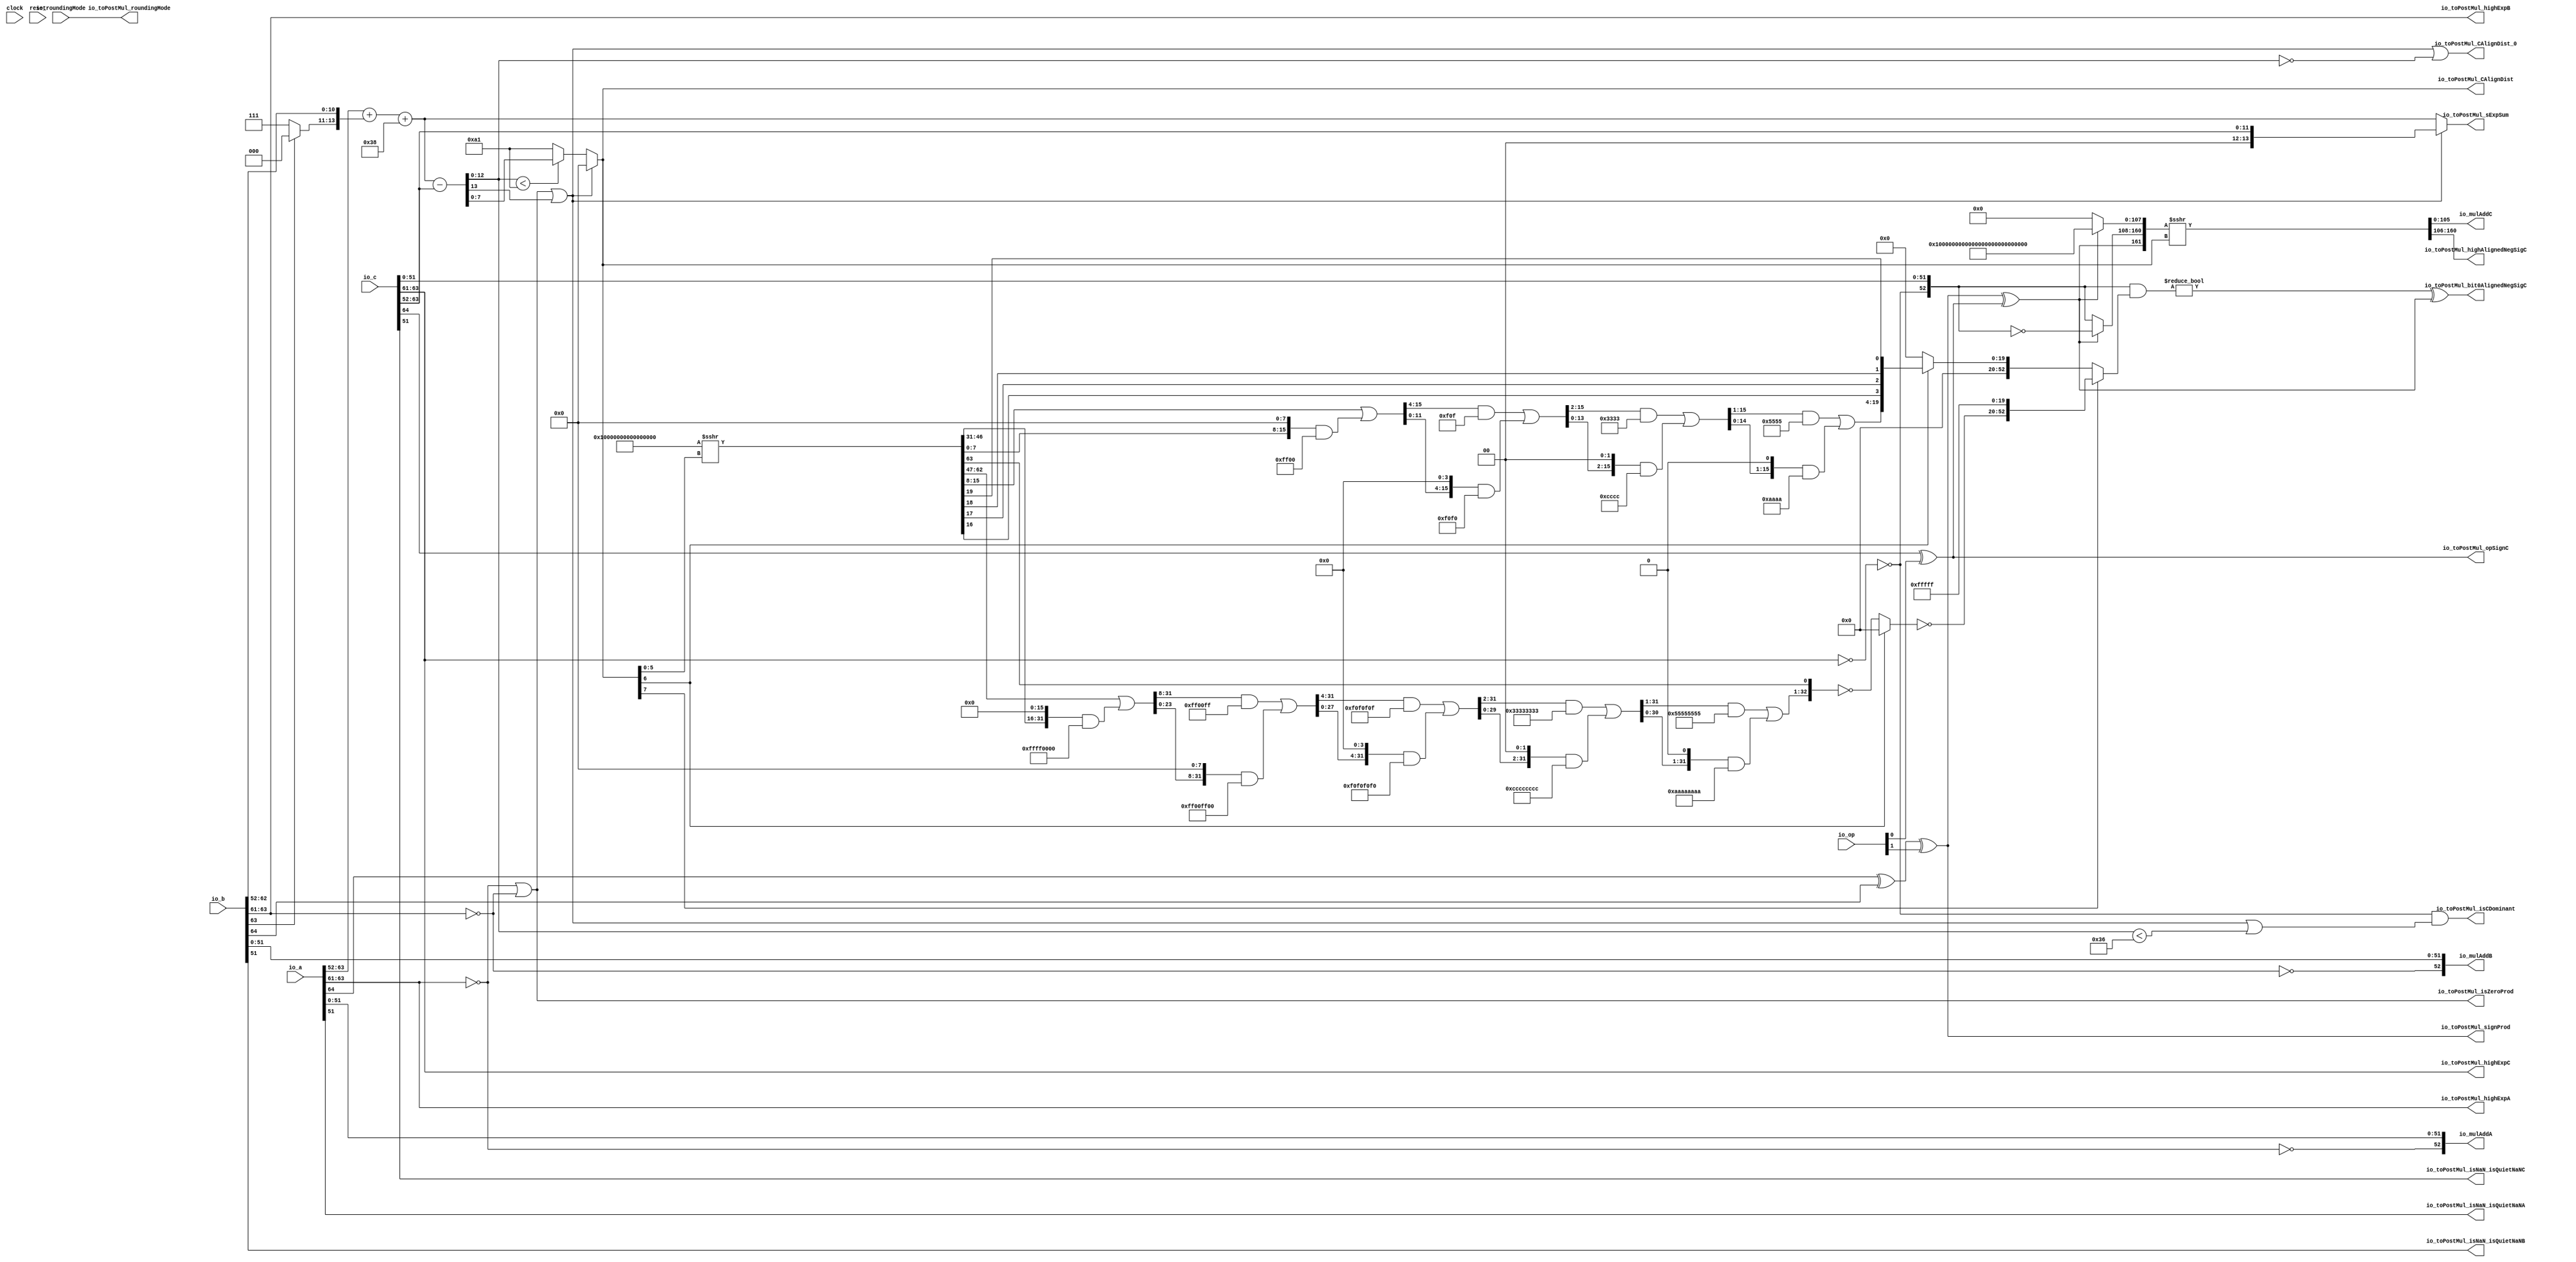
module MulAddRecFN_preMul_1(
  input   clock,
  input   reset,
  input  [1:0] io_op,
  input  [64:0] io_a,
  input  [64:0] io_b,
  input  [64:0] io_c,
  input  [1:0] io_roundingMode,
  output [52:0] io_mulAddA,
  output [52:0] io_mulAddB,
  output [105:0] io_mulAddC,
  output [2:0] io_toPostMul_highExpA,
  output  io_toPostMul_isNaN_isQuietNaNA,
  output [2:0] io_toPostMul_highExpB,
  output  io_toPostMul_isNaN_isQuietNaNB,
  output  io_toPostMul_signProd,
  output  io_toPostMul_isZeroProd,
  output  io_toPostMul_opSignC,
  output [2:0] io_toPostMul_highExpC,
  output  io_toPostMul_isNaN_isQuietNaNC,
  output  io_toPostMul_isCDominant,
  output  io_toPostMul_CAlignDist_0,
  output [7:0] io_toPostMul_CAlignDist,
  output  io_toPostMul_bit0AlignedNegSigC,
  output [54:0] io_toPostMul_highAlignedNegSigC,
  output [13:0] io_toPostMul_sExpSum,
  output [1:0] io_toPostMul_roundingMode
);
  wire  signA;
  wire [11:0] expA;
  wire [51:0] fractA;
  wire [2:0] _T_52;
  wire  isZeroA;
  wire  _T_55;
  wire [52:0] sigA;
  wire  signB;
  wire [11:0] expB;
  wire [51:0] fractB;
  wire [2:0] _T_56;
  wire  isZeroB;
  wire  _T_59;
  wire [52:0] sigB;
  wire  _T_60;
  wire  _T_61;
  wire  opSignC;
  wire [11:0] expC;
  wire [51:0] fractC;
  wire [2:0] _T_62;
  wire  isZeroC;
  wire  _T_65;
  wire [52:0] sigC;
  wire  _T_66;
  wire  _T_67;
  wire  signProd;
  wire  isZeroProd;
  wire  _T_68;
  wire  _T_70;
  wire [2:0] _T_74;
  wire [10:0] _T_75;
  wire [13:0] _T_76;
  wire [13:0] _GEN_0;
  wire [14:0] _T_77;
  wire [13:0] _T_78;
  wire [14:0] _T_80;
  wire [13:0] sExpAlignedProd;
  wire  doSubMags;
  wire [13:0] _GEN_1;
  wire [14:0] _T_81;
  wire [13:0] sNatCAlignDist;
  wire  _T_82;
  wire  CAlignDist_floor;
  wire [12:0] _T_83;
  wire  _T_85;
  wire  CAlignDist_0;
  wire  _T_90;
  wire  _T_91;
  wire  isCDominant;
  wire  _T_95;
  wire [7:0] _T_96;
  wire [7:0] _T_98;
  wire [7:0] CAlignDist;
  wire [13:0] sExpSum;
  wire  _T_99;
  wire [6:0] _T_100;
  wire  _T_101;
  wire [5:0] _T_102;
  wire [64:0] _T_105;
  wire [32:0] _T_106;
  wire [31:0] _T_107;
  wire [15:0] _T_112;
  wire [31:0] _T_113;
  wire [15:0] _T_114;
  wire [31:0] _GEN_2;
  wire [31:0] _T_115;
  wire [31:0] _T_117;
  wire [31:0] _T_118;
  wire [23:0] _T_122;
  wire [31:0] _GEN_3;
  wire [31:0] _T_123;
  wire [23:0] _T_124;
  wire [31:0] _GEN_4;
  wire [31:0] _T_125;
  wire [31:0] _T_127;
  wire [31:0] _T_128;
  wire [27:0] _T_132;
  wire [31:0] _GEN_5;
  wire [31:0] _T_133;
  wire [27:0] _T_134;
  wire [31:0] _GEN_6;
  wire [31:0] _T_135;
  wire [31:0] _T_137;
  wire [31:0] _T_138;
  wire [29:0] _T_142;
  wire [31:0] _GEN_7;
  wire [31:0] _T_143;
  wire [29:0] _T_144;
  wire [31:0] _GEN_8;
  wire [31:0] _T_145;
  wire [31:0] _T_147;
  wire [31:0] _T_148;
  wire [30:0] _T_152;
  wire [31:0] _GEN_9;
  wire [31:0] _T_153;
  wire [30:0] _T_154;
  wire [31:0] _GEN_10;
  wire [31:0] _T_155;
  wire [31:0] _T_157;
  wire [31:0] _T_158;
  wire  _T_159;
  wire [32:0] _T_160;
  wire [32:0] _T_161;
  wire [32:0] _T_162;
  wire [32:0] _T_163;
  wire [52:0] _T_165;
  wire [19:0] _T_170;
  wire [15:0] _T_171;
  wire [7:0] _T_176;
  wire [15:0] _T_177;
  wire [7:0] _T_178;
  wire [15:0] _GEN_11;
  wire [15:0] _T_179;
  wire [15:0] _T_181;
  wire [15:0] _T_182;
  wire [11:0] _T_186;
  wire [15:0] _GEN_12;
  wire [15:0] _T_187;
  wire [11:0] _T_188;
  wire [15:0] _GEN_13;
  wire [15:0] _T_189;
  wire [15:0] _T_191;
  wire [15:0] _T_192;
  wire [13:0] _T_196;
  wire [15:0] _GEN_14;
  wire [15:0] _T_197;
  wire [13:0] _T_198;
  wire [15:0] _GEN_15;
  wire [15:0] _T_199;
  wire [15:0] _T_201;
  wire [15:0] _T_202;
  wire [14:0] _T_206;
  wire [15:0] _GEN_16;
  wire [15:0] _T_207;
  wire [14:0] _T_208;
  wire [15:0] _GEN_17;
  wire [15:0] _T_209;
  wire [15:0] _T_211;
  wire [15:0] _T_212;
  wire [3:0] _T_213;
  wire [1:0] _T_214;
  wire  _T_215;
  wire  _T_216;
  wire [1:0] _T_217;
  wire [1:0] _T_218;
  wire  _T_219;
  wire  _T_220;
  wire [1:0] _T_221;
  wire [3:0] _T_222;
  wire [19:0] _T_223;
  wire [19:0] _T_225;
  wire [52:0] CExtraMask;
  wire [52:0] _T_226;
  wire [52:0] negSigC;
  wire [107:0] _T_230;
  wire [53:0] _T_231;
  wire [161:0] _T_232;
  wire [161:0] _T_233;
  wire [161:0] _T_234;
  wire [52:0] _T_235;
  wire  _T_237;
  wire  _T_238;
  wire [161:0] _T_239;
  wire [162:0] _T_240;
  wire [161:0] alignedNegSigC;
  wire [105:0] _T_241;
  wire  _T_243;
  wire  _T_245;
  wire  _T_247;
  wire  _T_248;
  wire [54:0] _T_249;
  assign io_mulAddA = sigA;
  assign io_mulAddB = sigB;
  assign io_mulAddC = _T_241;
  assign io_toPostMul_highExpA = _T_52;
  assign io_toPostMul_isNaN_isQuietNaNA = _T_243;
  assign io_toPostMul_highExpB = _T_56;
  assign io_toPostMul_isNaN_isQuietNaNB = _T_245;
  assign io_toPostMul_signProd = signProd;
  assign io_toPostMul_isZeroProd = isZeroProd;
  assign io_toPostMul_opSignC = opSignC;
  assign io_toPostMul_highExpC = _T_62;
  assign io_toPostMul_isNaN_isQuietNaNC = _T_247;
  assign io_toPostMul_isCDominant = isCDominant;
  assign io_toPostMul_CAlignDist_0 = CAlignDist_0;
  assign io_toPostMul_CAlignDist = CAlignDist;
  assign io_toPostMul_bit0AlignedNegSigC = _T_248;
  assign io_toPostMul_highAlignedNegSigC = _T_249;
  assign io_toPostMul_sExpSum = sExpSum;
  assign io_toPostMul_roundingMode = io_roundingMode;
  assign signA = io_a[64];
  assign expA = io_a[63:52];
  assign fractA = io_a[51:0];
  assign _T_52 = expA[11:9];
  assign isZeroA = _T_52 == 3'h0;
  assign _T_55 = isZeroA == 1'h0;
  assign sigA = {_T_55,fractA};
  assign signB = io_b[64];
  assign expB = io_b[63:52];
  assign fractB = io_b[51:0];
  assign _T_56 = expB[11:9];
  assign isZeroB = _T_56 == 3'h0;
  assign _T_59 = isZeroB == 1'h0;
  assign sigB = {_T_59,fractB};
  assign _T_60 = io_c[64];
  assign _T_61 = io_op[0];
  assign opSignC = _T_60 ^ _T_61;
  assign expC = io_c[63:52];
  assign fractC = io_c[51:0];
  assign _T_62 = expC[11:9];
  assign isZeroC = _T_62 == 3'h0;
  assign _T_65 = isZeroC == 1'h0;
  assign sigC = {_T_65,fractC};
  assign _T_66 = signA ^ signB;
  assign _T_67 = io_op[1];
  assign signProd = _T_66 ^ _T_67;
  assign isZeroProd = isZeroA | isZeroB;
  assign _T_68 = expB[11];
  assign _T_70 = _T_68 == 1'h0;
  assign _T_74 = _T_70 ? 3'h7 : 3'h0;
  assign _T_75 = expB[10:0];
  assign _T_76 = {_T_74,_T_75};
  assign _GEN_0 = {{2'd0}, expA};
  assign _T_77 = _GEN_0 + _T_76;
  assign _T_78 = _T_77[13:0];
  assign _T_80 = _T_78 + 14'h38;
  assign sExpAlignedProd = _T_80[13:0];
  assign doSubMags = signProd ^ opSignC;
  assign _GEN_1 = {{2'd0}, expC};
  assign _T_81 = sExpAlignedProd - _GEN_1;
  assign sNatCAlignDist = _T_81[13:0];
  assign _T_82 = sNatCAlignDist[13];
  assign CAlignDist_floor = isZeroProd | _T_82;
  assign _T_83 = sNatCAlignDist[12:0];
  assign _T_85 = _T_83 == 13'h0;
  assign CAlignDist_0 = CAlignDist_floor | _T_85;
  assign _T_90 = _T_83 < 13'h36;
  assign _T_91 = CAlignDist_floor | _T_90;
  assign isCDominant = _T_65 & _T_91;
  assign _T_95 = _T_83 < 13'ha1;
  assign _T_96 = sNatCAlignDist[7:0];
  assign _T_98 = _T_95 ? _T_96 : 8'ha1;
  assign CAlignDist = CAlignDist_floor ? 8'h0 : _T_98;
  assign sExpSum = CAlignDist_floor ? {{2'd0}, expC} : sExpAlignedProd;
  assign _T_99 = CAlignDist[7];
  assign _T_100 = CAlignDist[6:0];
  assign _T_101 = _T_100[6];
  assign _T_102 = _T_100[5:0];
  assign _T_105 = $signed(65'sh10000000000000000) >>> _T_102;
  assign _T_106 = _T_105[63:31];
  assign _T_107 = _T_106[31:0];
  assign _T_112 = _T_107[31:16];
  assign _T_113 = {{16'd0}, _T_112};
  assign _T_114 = _T_107[15:0];
  assign _GEN_2 = {{16'd0}, _T_114};
  assign _T_115 = _GEN_2 << 16;
  assign _T_117 = _T_115 & 32'hffff0000;
  assign _T_118 = _T_113 | _T_117;
  assign _T_122 = _T_118[31:8];
  assign _GEN_3 = {{8'd0}, _T_122};
  assign _T_123 = _GEN_3 & 32'hff00ff;
  assign _T_124 = _T_118[23:0];
  assign _GEN_4 = {{8'd0}, _T_124};
  assign _T_125 = _GEN_4 << 8;
  assign _T_127 = _T_125 & 32'hff00ff00;
  assign _T_128 = _T_123 | _T_127;
  assign _T_132 = _T_128[31:4];
  assign _GEN_5 = {{4'd0}, _T_132};
  assign _T_133 = _GEN_5 & 32'hf0f0f0f;
  assign _T_134 = _T_128[27:0];
  assign _GEN_6 = {{4'd0}, _T_134};
  assign _T_135 = _GEN_6 << 4;
  assign _T_137 = _T_135 & 32'hf0f0f0f0;
  assign _T_138 = _T_133 | _T_137;
  assign _T_142 = _T_138[31:2];
  assign _GEN_7 = {{2'd0}, _T_142};
  assign _T_143 = _GEN_7 & 32'h33333333;
  assign _T_144 = _T_138[29:0];
  assign _GEN_8 = {{2'd0}, _T_144};
  assign _T_145 = _GEN_8 << 2;
  assign _T_147 = _T_145 & 32'hcccccccc;
  assign _T_148 = _T_143 | _T_147;
  assign _T_152 = _T_148[31:1];
  assign _GEN_9 = {{1'd0}, _T_152};
  assign _T_153 = _GEN_9 & 32'h55555555;
  assign _T_154 = _T_148[30:0];
  assign _GEN_10 = {{1'd0}, _T_154};
  assign _T_155 = _GEN_10 << 1;
  assign _T_157 = _T_155 & 32'haaaaaaaa;
  assign _T_158 = _T_153 | _T_157;
  assign _T_159 = _T_106[32];
  assign _T_160 = {_T_158,_T_159};
  assign _T_161 = ~ _T_160;
  assign _T_162 = _T_101 ? 33'h0 : _T_161;
  assign _T_163 = ~ _T_162;
  assign _T_165 = {_T_163,20'hfffff};
  assign _T_170 = _T_105[19:0];
  assign _T_171 = _T_170[15:0];
  assign _T_176 = _T_171[15:8];
  assign _T_177 = {{8'd0}, _T_176};
  assign _T_178 = _T_171[7:0];
  assign _GEN_11 = {{8'd0}, _T_178};
  assign _T_179 = _GEN_11 << 8;
  assign _T_181 = _T_179 & 16'hff00;
  assign _T_182 = _T_177 | _T_181;
  assign _T_186 = _T_182[15:4];
  assign _GEN_12 = {{4'd0}, _T_186};
  assign _T_187 = _GEN_12 & 16'hf0f;
  assign _T_188 = _T_182[11:0];
  assign _GEN_13 = {{4'd0}, _T_188};
  assign _T_189 = _GEN_13 << 4;
  assign _T_191 = _T_189 & 16'hf0f0;
  assign _T_192 = _T_187 | _T_191;
  assign _T_196 = _T_192[15:2];
  assign _GEN_14 = {{2'd0}, _T_196};
  assign _T_197 = _GEN_14 & 16'h3333;
  assign _T_198 = _T_192[13:0];
  assign _GEN_15 = {{2'd0}, _T_198};
  assign _T_199 = _GEN_15 << 2;
  assign _T_201 = _T_199 & 16'hcccc;
  assign _T_202 = _T_197 | _T_201;
  assign _T_206 = _T_202[15:1];
  assign _GEN_16 = {{1'd0}, _T_206};
  assign _T_207 = _GEN_16 & 16'h5555;
  assign _T_208 = _T_202[14:0];
  assign _GEN_17 = {{1'd0}, _T_208};
  assign _T_209 = _GEN_17 << 1;
  assign _T_211 = _T_209 & 16'haaaa;
  assign _T_212 = _T_207 | _T_211;
  assign _T_213 = _T_170[19:16];
  assign _T_214 = _T_213[1:0];
  assign _T_215 = _T_214[0];
  assign _T_216 = _T_214[1];
  assign _T_217 = {_T_215,_T_216};
  assign _T_218 = _T_213[3:2];
  assign _T_219 = _T_218[0];
  assign _T_220 = _T_218[1];
  assign _T_221 = {_T_219,_T_220};
  assign _T_222 = {_T_217,_T_221};
  assign _T_223 = {_T_212,_T_222};
  assign _T_225 = _T_101 ? _T_223 : 20'h0;
  assign CExtraMask = _T_99 ? _T_165 : {{33'd0}, _T_225};
  assign _T_226 = ~ sigC;
  assign negSigC = doSubMags ? _T_226 : sigC;
  assign _T_230 = doSubMags ? 108'hfffffffffffffffffffffffffff : 108'h0;
  assign _T_231 = {doSubMags,negSigC};
  assign _T_232 = {_T_231,_T_230};
  assign _T_233 = $signed(_T_232);
  assign _T_234 = $signed(_T_233) >>> CAlignDist;
  assign _T_235 = sigC & CExtraMask;
  assign _T_237 = _T_235 != 53'h0;
  assign _T_238 = _T_237 ^ doSubMags;
  assign _T_239 = $unsigned(_T_234);
  assign _T_240 = {_T_239,_T_238};
  assign alignedNegSigC = _T_240[161:0];
  assign _T_241 = alignedNegSigC[106:1];
  assign _T_243 = fractA[51];
  assign _T_245 = fractB[51];
  assign _T_247 = fractC[51];
  assign _T_248 = alignedNegSigC[0];
  assign _T_249 = alignedNegSigC[161:107];
endmodule